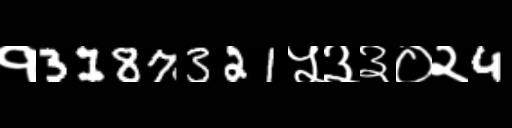
Text: १3187321५३३०२4